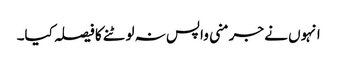
انہوں نے جرمنی واپس نہ لوٹنے کا فیصلہ کیا۔